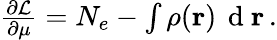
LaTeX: \begin{array}{r}{\frac{\partial\mathcal{L}}{\partial\mu}=N_{e}-\int\rho(\mathbf{r})\, \mathrm{~d~}\mathbf{r}\, .}\end{array}